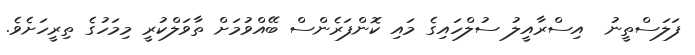
ފަލަސްތީނު  އިސްރާއީލު ސުލްހައިގެ މައި ކޮންފަރެންސް ބޭއްވުމަށް ތާވަލްކުރީ މިމަހުގެ ތިރީހަށެވެ.